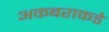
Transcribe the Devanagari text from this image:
अकबराकडे